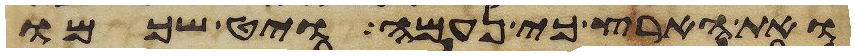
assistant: ואת הארץ כי נעמה ויט שכמו